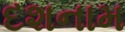
દશનામ